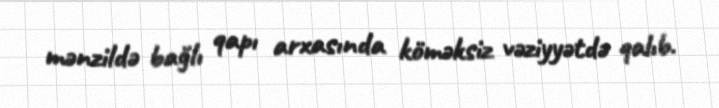
mənzildə bağlı qapı arxasında köməksiz vəziyyətdə qalıb.